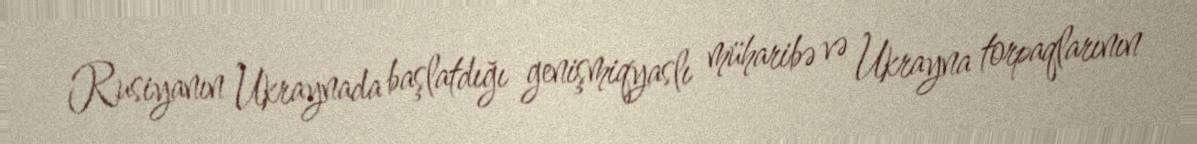
Rusiyanın Ukraynada başlatdığı genişmiqyaslı müharibə və Ukrayna torpaqlarının